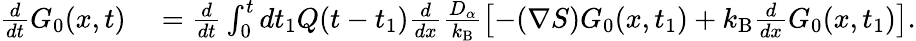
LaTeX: \begin{array}{rl}{\frac{d}{dt}G_{0}(x,t)}&{{}=\frac{d}{dt}\int_{0}^{t}dt_{1}Q(t-t_{1})\frac{d}{dx}\frac{D_{\alpha}}{k_{\mathrm{B}}}\left[-(\nabla S)G_{0}(x,t_{1})+k_{\mathrm{B}}\frac{d}{dx}G_{0}(x,t_{1})\right].}\end{array}